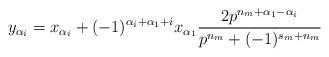
LaTeX: \begin{align*}y_{\alpha_i}=x_{\alpha_i}+(-1)^{\alpha_i+\alpha_1+i}x_{\alpha_1}\frac{2p^{n_m+\alpha_1-\alpha_i}}{p^{n_m}+(-1)^{s_m+n_m}}\end{align*}